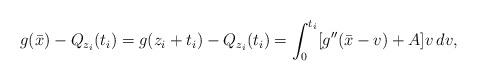
LaTeX: \begin{align*} g(\bar{x}) -Q_{z_i}(t_i) =g(z_i+t_i)-Q_{z_i}(t_i) =\int_0^{t_i} [ g''(\bar{x}-v) +A] v \, dv, \end{align*}